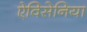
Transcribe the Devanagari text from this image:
ऐविसेनिया